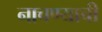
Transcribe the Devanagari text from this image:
नाचण्याची